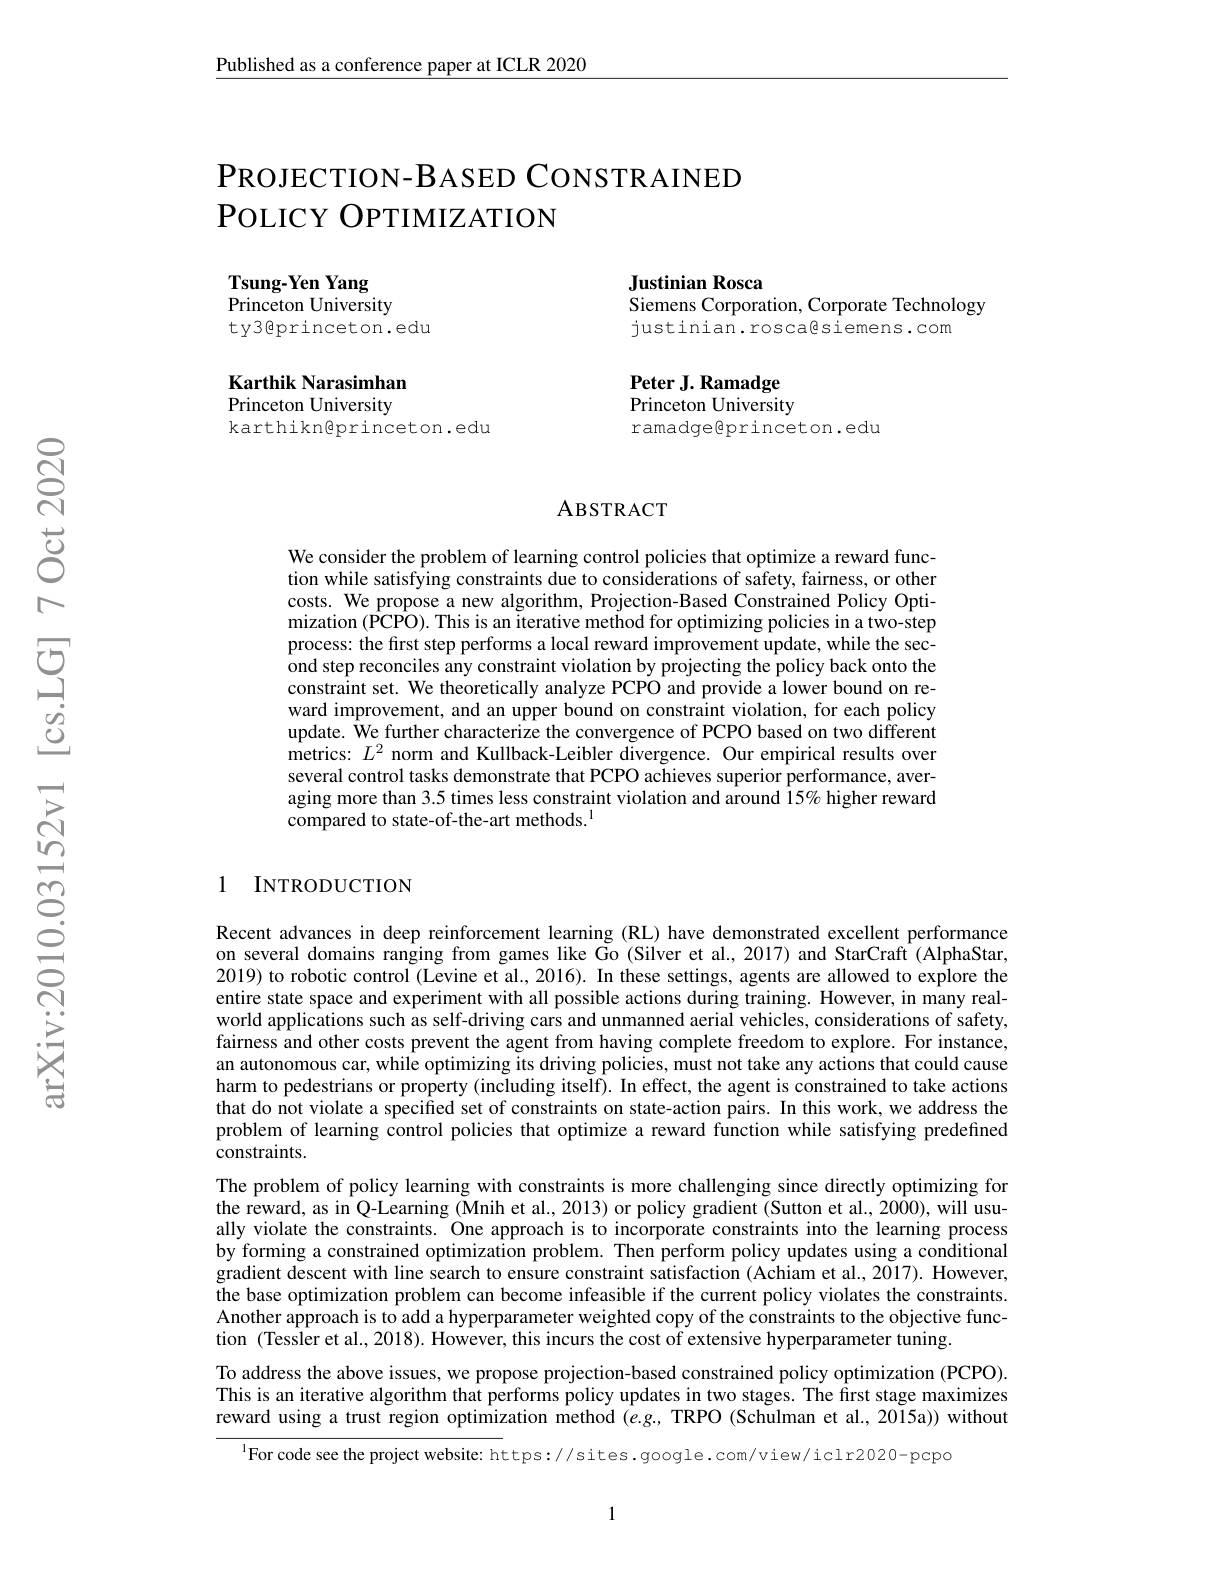
Published as a conference paper at ICLR 2020

# PROJECTION- BASED CONSTRAINED POLICY OPTIMIZATION

Tsung-Yen Yang
Princeton University
ty3@princeton.edu

Justinian Rosca
Siemens Corporation, Corporate Technology
justinian.rosca@siemens.com

Karthik Narasimhan Princeton University karthikn@princeton.edu

Peter J. Ramadge Princeton University ramadgeeprinceton.edu

### ABSTRACT

We consider the problem of learning control policies that optimize a reward function while satisfying constraints due to considerations of safety, fairness, or other costs. We propose a new algorithm, Projection-Based Constrained Policy Optimization (PCPO).This is an iterative method for optimizing policies in a two-step process: the first step performs a local reward improvement update, while the second step reconciles any constraint violation by projecting the policy back onto the constraint set. We theoretically analyze PCPO and provide a lower bound on reward improvement, and an upper bound on constraint violation, for each policy update. We further characterize the convergence of PCPO based on two different $\hat{\text{metrics: }L^2}$ norm and Kullback-Leibler divergence. Our empirical results over several control tasks demonstrate that PCPO achieves superior performance, averaging more than 3.5 times less constraint violation and around 15% higher reward compared to state-of-the-art methods.$^{1}$

### 1 INTRODUCTION

Recent advances in deep reinforcement learning (RL) have demonstrated excellent performance on several domains ranging from games like Go (Silver et al., 2017) and StarCraft (AlphaStar, 2019) to robotic control (Levine et al., 2016). In these settings, agents are allowed to explore the entire state space and experiment with all possible actions during training. However, in many realworld applications such as self-driving cars and unmanned aerial vehicles, considerations of safety, fairness and other costs prevent the agent from having complete freedom to explore. For instance, an autonomous car, while optimizing its driving policies, must not take any actions that could cause harm to pedestrians or property (including itself). In effect, the agent is constrained to take actions that do not violate a specified set of constraints on state-action pairs. In this work, we address the problem of learning control policies that optimize a reward function while satisfying predefined constraints.
The problem of policy learning with constraints is more challenging since directly optimizing for the reward, as in Q-Learning (Mnih et al., 2013) or policy gradient (Sutton et al., 2000), will usually violate the constraints. One approach is to incorporate constraints into the learning process by forming a constrained optimization problem. Then perform policy updates using a conditional gradient descent with line search to ensure constraint satisfaction (Achiam et al., 2017). However, the base optimization problem can become infeasible if the current policy violates the constraints. Another approach is to add a hyperparameter weighted copy of the constraints to the objective function (Tessler et al., 2018). However, this incurs the cost of extensive hyperparameter tuning.
To address the above issues, we propose projection-based constrained policy optimization (PCPO).

This is an iterative algorithm that performs policy updates in two stages. The first stage maximizes reward using a trust region optimization method $\hat {( e}. g. $,TRPO( Schulmanetal. , 2015a) ) without

$^{1}$For code see the project website: https://sites.google.com/view/iclr2020-pcpo

1